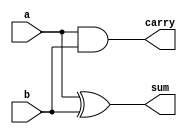
`timescale 1ns / 1ps
//////////////////////////////////////////////////////////////////////////////////
// Company: 
// Engineer: 
// 
// Design Name: 
// Module Name:    half_adder 
// Project Name: 
// Target Devices: 
// Tool versions: 
// Description: 
//
// Dependencies: 
//
// Revision: 
// Revision 0.01 - File Created
// Additional Comments: 
//
//////////////////////////////////////////////////////////////////////////////////
module half_adder(a,b,sum,carry);
input a,b;
output reg sum,carry;
always @(a,b)
begin
	sum=a^b;
	carry=a&b;
end
endmodule